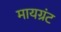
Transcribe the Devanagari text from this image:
मायग्रंट